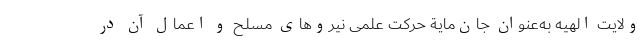
ولایت الهیه به­عنوان جان­مایة حرکت علمی نیروهای مسلح و اعمال آن در